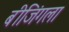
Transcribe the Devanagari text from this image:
बीजिंगला